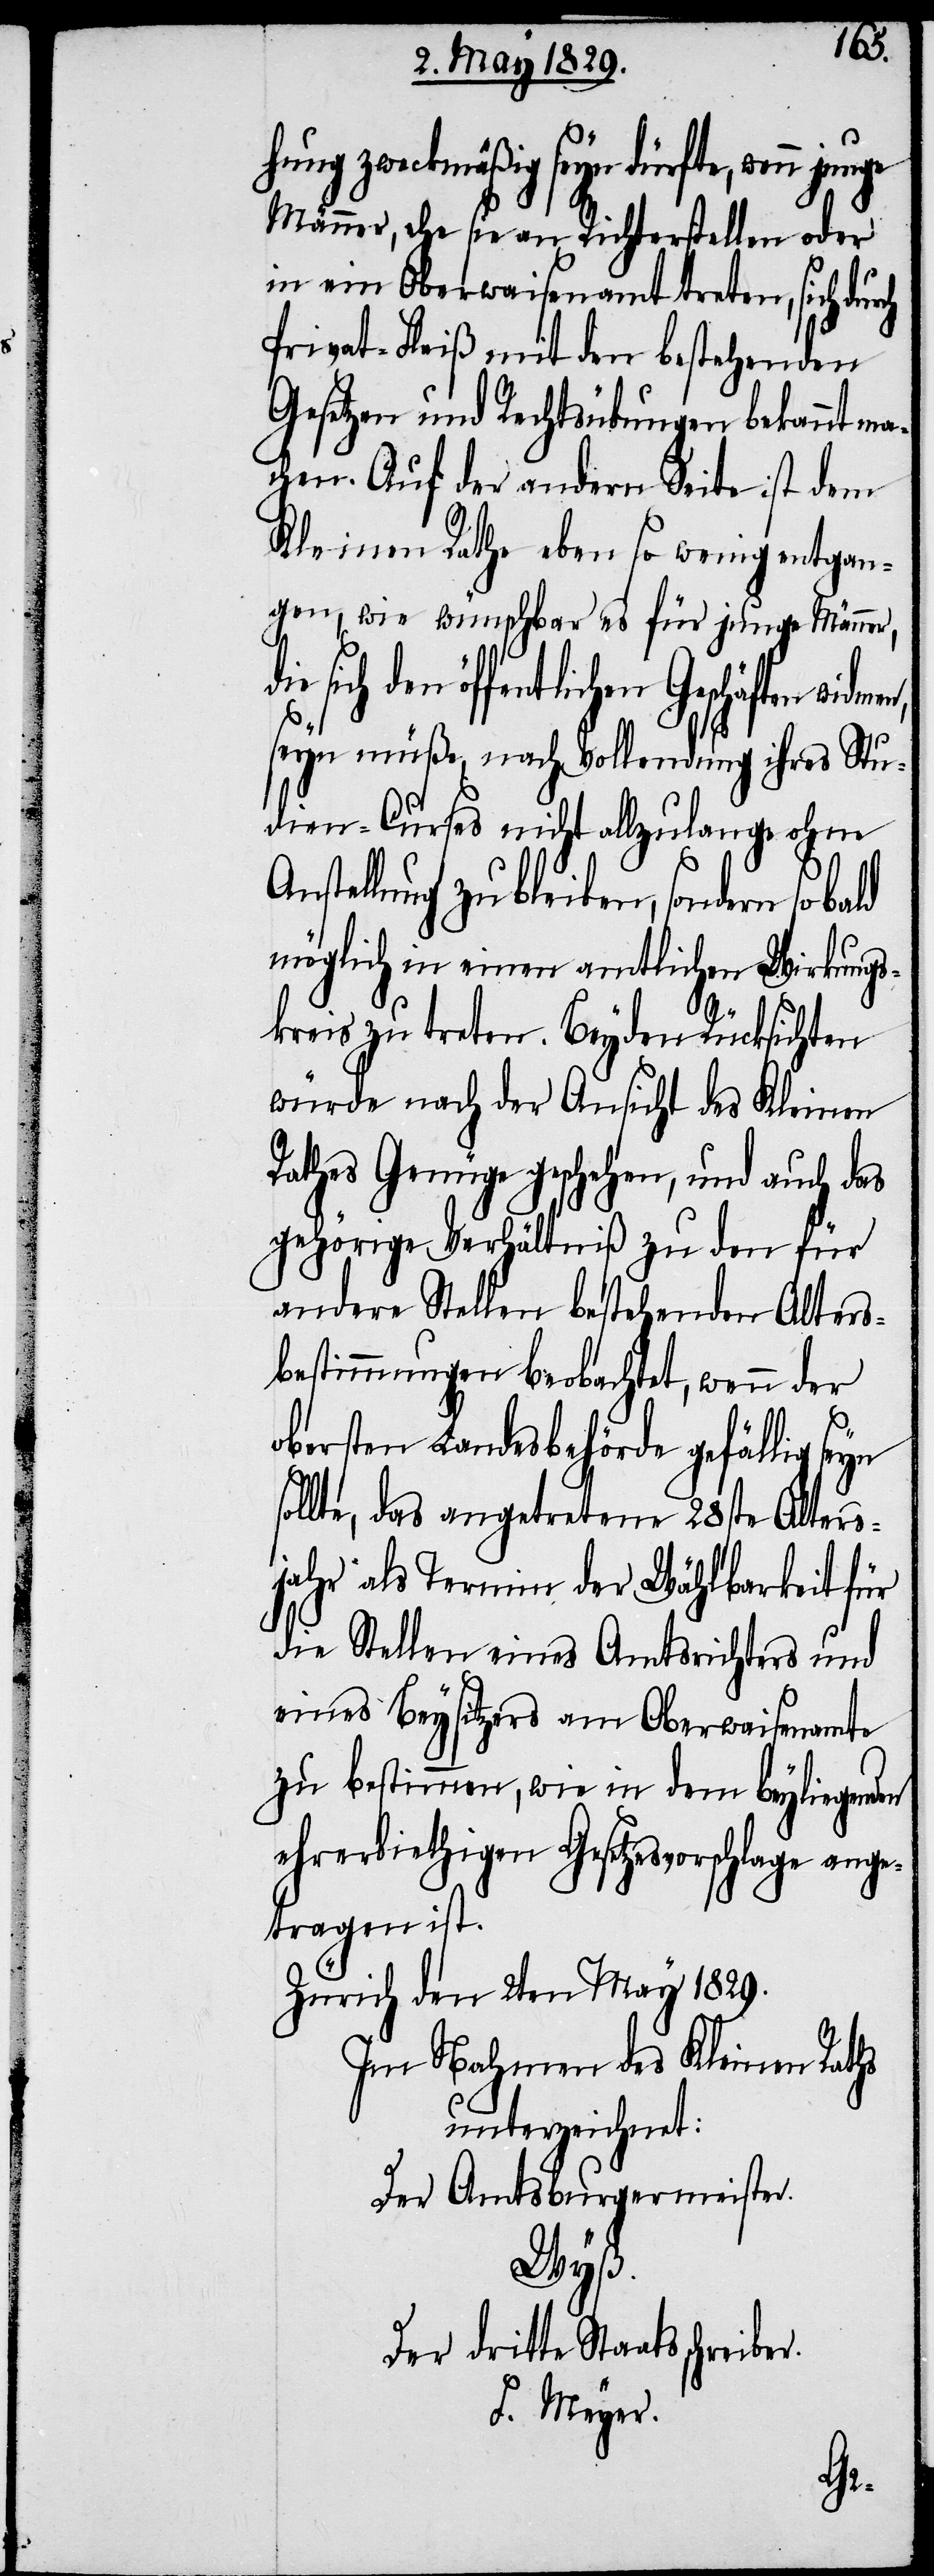
ein festzusetzendes Alter für
Männer, ehe sie an Richterstellen oder
in ein Oberwaisenamt treten, sich dur¬
Privat-Fleiß mit den bestehenden
Gesetzen und Rechtsübung bekannt ma¬
chen. Auf der andern Seite ist dem
Kleinen Rathe eben so wenig entgan¬
gen, wie wünschbar es für junge Männer,
sich den öffentlichen Geschäften
seyn müße, nach Vollendung ihres Stu¬
dien-Curses nicht allzulange ohne
tellung zu bleiben, sondern so
möglich in einen amtlichen Wirkungs¬
kreis zu treten. Bey den Rücksichten
würde nach der Ansicht des Kleinen
Rathes Genüge geschehen, und auch das
gehörige Verhältniß zu den für
andere Stellen bestehenden Alters¬
bestimmungen beobachtet, wenn der
obersten Landesbehörde gefällig seyn
an das angetretene 28ste Alters¬
jahr als Termin der Wählbarkeit für
die Stelle eines Amtsrichters, so
eines Beysitzers am Oberwaisenamte,
zu bestimmen, wie in dem beyliegenden
ehrerbiethigen Gesetzesvorschlage ange¬
tragen ist.
Zürich den 2ten May 1829.
Im Nahmen des Kleinen Raths
unterzeichnet:
Der Amtsburgermeister.
Wyß
Der dritte Staatsschreiber.
F. Meyer.
jahr